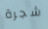
شجرة